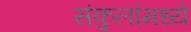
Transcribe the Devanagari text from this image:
संकुलांमध्ये